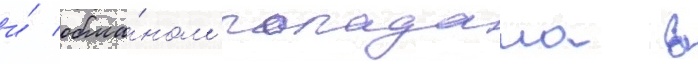
и́ обма́ном попадала в